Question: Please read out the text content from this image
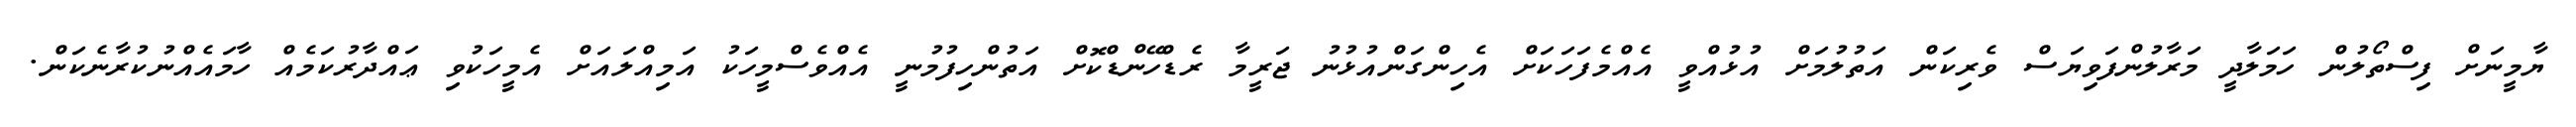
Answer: ޔާމީނަށް ފިސްތޯލުން ހަމަލާދީ މަރާލުންފަވިޔަސް ވެރިކަން އަތުލުމަށް އުޅުއްވީ އެއްމެފަހަކަށް އެހިންގަންއުޅުނު ޖަރީމާ ރެޑްހޭންޑްކޮށް އަތުންހިފުމުނީ އެއްވެސްމީހަކު އަމިއްލައަށް އެމީހަކުވި ޢައްދާރުކަމެއް ހާމައެއްނުކުރާނެކަން.